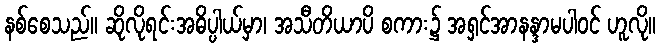
နစ်စေသည်။ ဆိုလိုရင်းအဓိပ္ပါယ်မှာ၊ အသီတိယာပိ စကား၌ အရှင်အာနန္ဒာမပါဝင် ဟူလို။